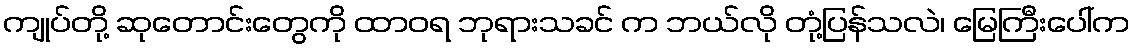
ကျုပ်တို့ ဆုတောင်းတွေကို ထာဝရ ဘုရားသခင် က ဘယ်လို တုံ့ပြန်သလဲ၊ မြေကြီးပေါ်က